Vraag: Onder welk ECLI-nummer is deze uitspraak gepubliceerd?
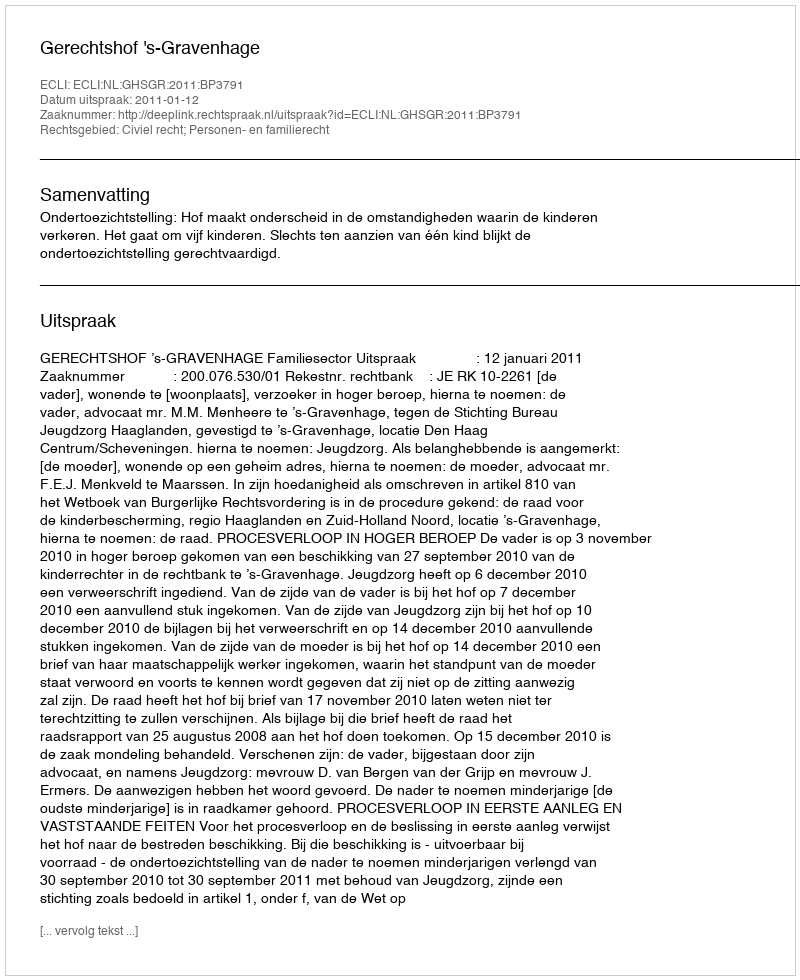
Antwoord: ECLI:NL:GHSGR:2011:BP3791